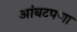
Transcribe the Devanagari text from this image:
आंबटपणा